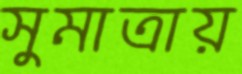
সুমাত্রায়